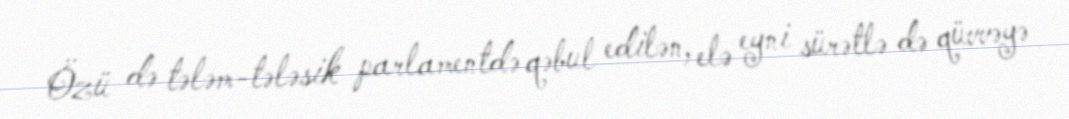
Özü də tələm-tələsik parlamentdə qəbul edilən, elə eyni sürətlə də qüvvəyə